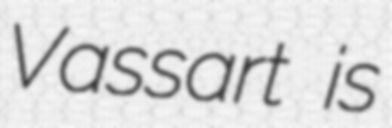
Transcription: Vassart is